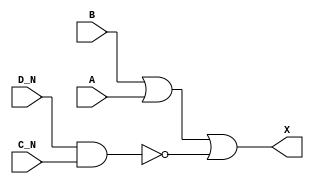
module sky130_fd_sc_hdll__or4bb_3 (
    X  ,
    A  ,
    B  ,
    C_N,
    D_N
);
    output X  ;
    input  A  ;
    input  B  ;
    input  C_N;
    input  D_N;
    wire nand0_out;
    wire or0_out_X;
    nand nand0 (nand0_out, D_N, C_N       );
    or   or0   (or0_out_X, B, A, nand0_out);
    buf  buf0  (X        , or0_out_X      );
endmodule